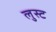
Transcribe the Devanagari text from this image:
लुस्ट